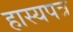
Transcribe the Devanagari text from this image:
हास्यपत्र